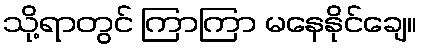
သို့ရာတွင် ကြာကြာ မနေနိုင်ချေ။